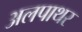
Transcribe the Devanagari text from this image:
अलपाथर